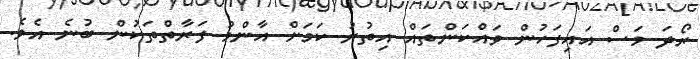
ރޯދަ މަސް އައިފަހުން ވައްކަންތައް އިތުރު ކަމަށް އާންމު ފަރާތްތަކުން ބުނެ އެވެ.